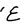
Character: E